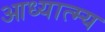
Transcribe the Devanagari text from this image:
आध्यात्म्य